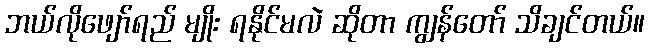
ဘယ်လိုဖျော်ရည် မျိုး ရနိုင်မလဲ ဆိုတာ ကျွန်တော် သိချင်တယ်။